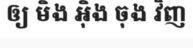
ឲ្យ មិង អ៊ិង ចុង វិញ